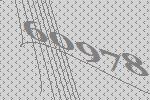
60978